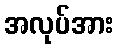
အလုပ်အား